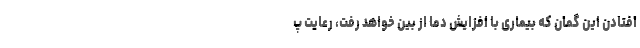
افتادن این گمان که بیماری با افزایش دما از بین خواهد رفت، رعایت پ